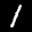
Label: 1